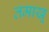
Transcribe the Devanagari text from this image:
तमाखू